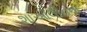
શાઓલીનના